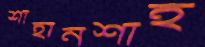
শাহানশাহ